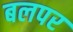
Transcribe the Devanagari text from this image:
बलपर